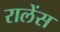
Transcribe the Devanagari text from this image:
रालेंस